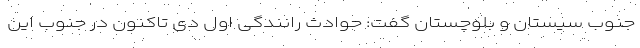
جنوب سیستان و بلوچستان گفت: حوادث رانندگی اول دی تاکنون در جنوب این